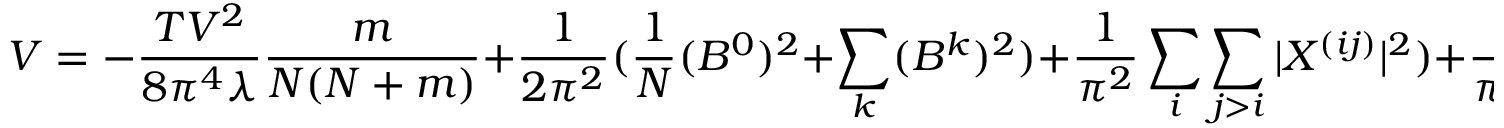
{ \cal { V } } = - \frac { T V ^ { 2 } } { 8 \pi ^ { 4 } \lambda } \frac { m } { N ( N + m ) } + \frac { 1 } { 2 \pi ^ { 2 } } ( \frac { 1 } { N } ( B ^ { 0 } ) ^ { 2 } + \sum _ { k } ( B ^ { k } ) ^ { 2 } ) + \frac { 1 } { \pi ^ { 2 } } \sum _ { i } \sum _ { j > i } | X ^ { ( i j ) } | ^ { 2 } ) + \frac { 1 } { \pi ^ { 2 } } \sum _ { i } | X ^ { i } | ^ { 2 }